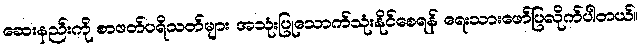
ဆေးနည်းကို စာဖတ်ပရိသတ်များ အသုံးပြုသောက်သုံးနိုင်စေရန် ရေးသားဖော်ပြလိုက်ပါတယ်။